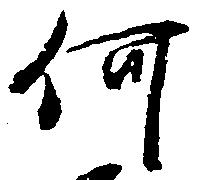
何